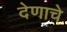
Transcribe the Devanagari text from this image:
देणाचे